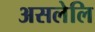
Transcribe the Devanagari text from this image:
असलेलि